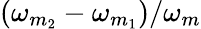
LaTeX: (\omega_{m_{2}}-\omega_{m_{1}})/\omega_{m}